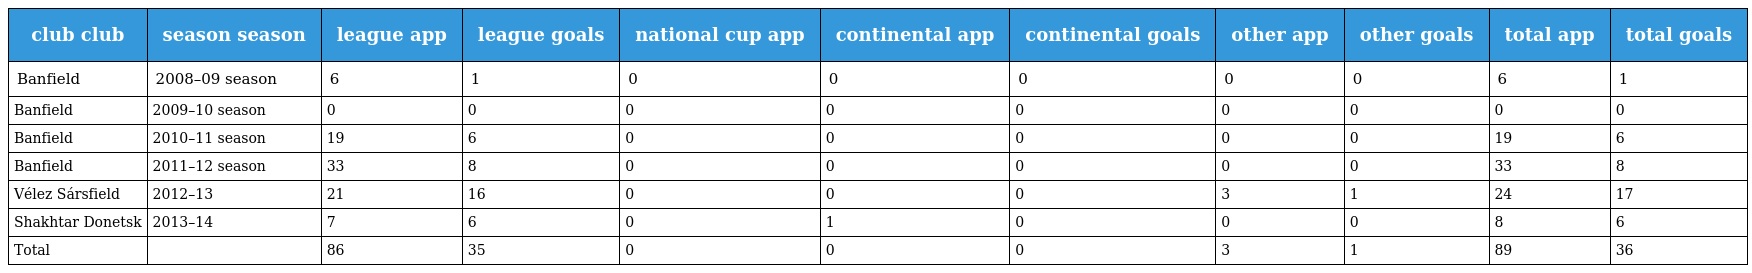
| club club | season season | league app | league goals | national cup app | continental app | continental goals | other app | other goals | total app | total goals |
 | --- | --- | --- | --- | --- | --- | --- | --- | --- | --- | --- |
 | Banfield | 2008–09 season | 6 | 1 | 0 | 0 | 0 | 0 | 0 | 6 | 1 |
 | Banfield | 2009–10 season | 0 | 0 | 0 | 0 | 0 | 0 | 0 | 0 | 0 |
 | Banfield | 2010–11 season | 19 | 6 | 0 | 0 | 0 | 0 | 0 | 19 | 6 |
 | Banfield | 2011–12 season | 33 | 8 | 0 | 0 | 0 | 0 | 0 | 33 | 8 |
 | Vélez Sársfield | 2012–13 | 21 | 16 | 0 | 0 | 0 | 3 | 1 | 24 | 17 |
 | Shakhtar Donetsk | 2013–14 | 7 | 6 | 0 | 1 | 0 | 0 | 0 | 8 | 6 |
 | Total |  | 86 | 35 | 0 | 0 | 0 | 3 | 1 | 89 | 36 |